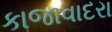
કાજાવાદરા